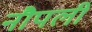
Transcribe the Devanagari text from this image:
नौपली